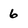
Character: 6